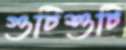
গুটিশুটি